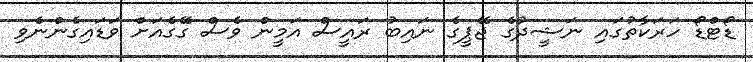
ޑޯޓްޑޯ ހަރަކާތުގައި ނަޝީދުގެ ޖޭޕީގެ ނައިބު ރައީސް އަމީން ވެސް ގޭގެއަށް ވަޑައިގެންނެވި